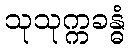
သုသုက္ကခန္ဓံ